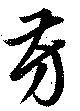
芳